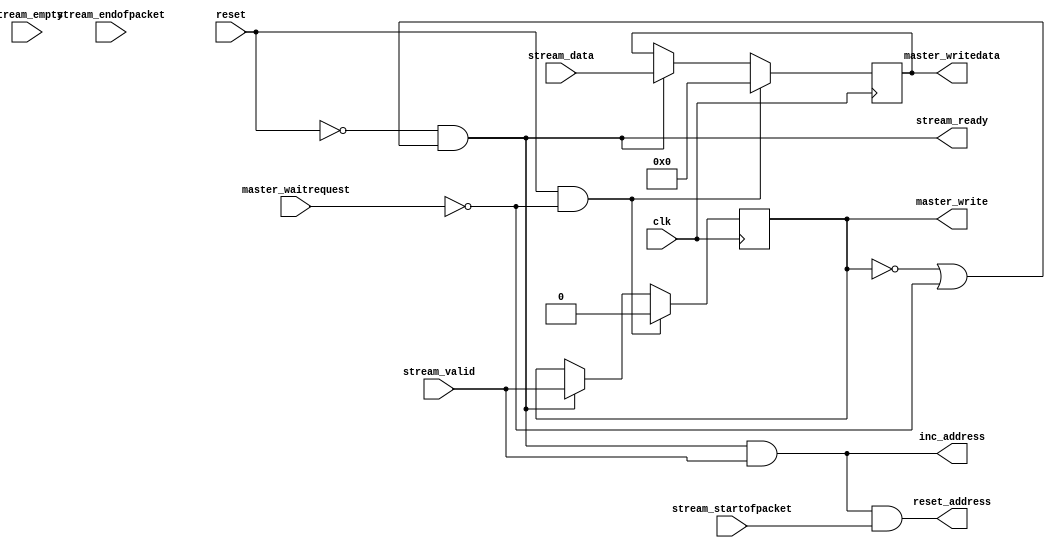
module altera_up_video_dma_to_memory (
	// Inputs
	clk,
	reset,

	stream_data,
	stream_startofpacket,
	stream_endofpacket,
	stream_empty,
	stream_valid,

	master_waitrequest,
	
	// Bidirectional

	// Outputs
	stream_ready,

	master_write,
	master_writedata,

	inc_address,
	reset_address
);

/*****************************************************************************
 *                           Parameter Declarations                          *
 *****************************************************************************/

parameter DW	=  15; // Frame's datawidth
parameter EW	=   0; // Frame's empty width

parameter MDW	=  15; // Avalon master's datawidth

/*****************************************************************************
 *                             Port Declarations                             *
 *****************************************************************************/

// Inputs
input						clk;
input						reset;

input			[DW: 0]	stream_data;
input						stream_startofpacket;
input						stream_endofpacket;
input			[EW: 0]	stream_empty;
input						stream_valid;

input						master_waitrequest;
	
// Bidirectional

// Outputs
output					stream_ready;

output					master_write;
output		[MDW:0]	master_writedata;

output					inc_address;
output					reset_address;

/*****************************************************************************
 *                           Constant Declarations                           *
 *****************************************************************************/


/*****************************************************************************
 *                 Internal Wires and Registers Declarations                 *
 *****************************************************************************/

// Internal Wires

// Internal Registers
reg			[DW: 0]	temp_data;
reg						temp_valid;

// State Machine Registers

// Integers

/*****************************************************************************
 *                         Finite State Machine(s)                           *
 *****************************************************************************/


/*****************************************************************************
 *                             Sequential Logic                              *
 *****************************************************************************/

// Output Registers

// Internal Registers
always @(posedge clk)
begin
	if (reset & ~master_waitrequest)
	begin
		temp_data	<=  'h0;
		temp_valid	<= 1'b0;
	end
	else if (stream_ready)
	begin
		temp_data	<= stream_data;
		temp_valid	<= stream_valid;
	end
end

/*****************************************************************************
 *                            Combinational Logic                            *
 *****************************************************************************/
// Output Assignments
assign stream_ready		= ~reset & (~temp_valid | ~master_waitrequest);

assign master_write		= temp_valid;
assign master_writedata	= temp_data;

assign inc_address		= stream_ready & stream_valid;
assign reset_address		= inc_address & stream_startofpacket;

// Internal Assignments

/*****************************************************************************
 *                              Internal Modules                             *
 *****************************************************************************/


endmodule